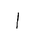
Letter: _alif